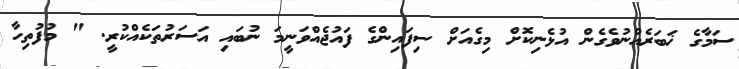
ސަމާގެ ޚަބަރެއްނުވެގެން އުޅެނިކޮށް މިގެއަށް ސިފައިންގެ ފައުޖެއްވަނީމަ ނުބައި އަސަރުތަކެއްކުރީ. " މުފުތިހާ